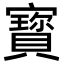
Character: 寳